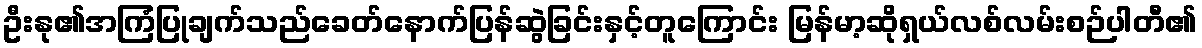
ဦးနု၏အကြံပြုချက်သည်ခေတ်နောက်ပြန်ဆွဲခြင်းနှင့်တူကြောင်း မြန်မာ့ဆိုရှယ်လစ်လမ်းစဉ်ပါတီ၏